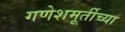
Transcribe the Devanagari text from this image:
गणेशमूर्तीच्या